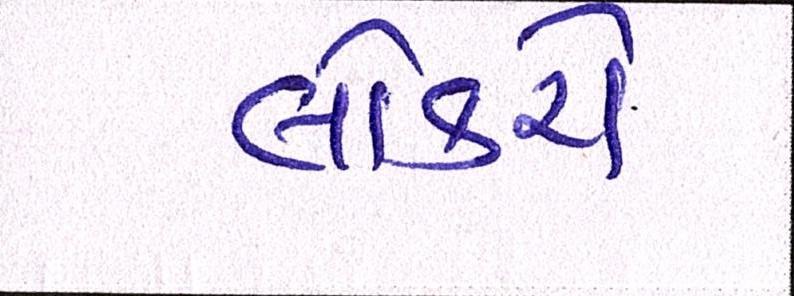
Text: લોકરો